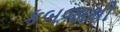
કબજાથી